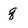
Character: q